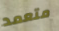
متعمد